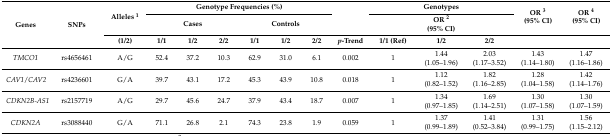
<table><thead><tr><td rowspan="3"><b>Genes</b></td><td rowspan="3"><b>SNPs</b></td><td rowspan="2"><b>Alleles <sup>1</sup></b></td><td colspan="6"><b>Genotype Frequencies (%)</b></td><td rowspan="2"></td><td colspan="3"><b>Genotypes</b></td><td rowspan="2"><b>OR <sup>3</sup>(95% CI)</b></td><td rowspan="2"><b>OR <sup>4</sup>(95% CI)</b></td></tr><tr><td colspan="3"><b>Cases</b></td><td colspan="3"><b>Controls</b></td><td colspan="3"><b>OR <sup>2</sup> (95% CI)</b></td></tr><tr><td><b>(1/2)</b></td><td><b>1/1</b></td><td><b>1/2</b></td><td><b>2/2</b></td><td><b>1/1</b></td><td><b>1/2</b></td><td><b>2/2</b></td><td><b><i>p</i>-Trend</b></td><td><b>1/1 (Ref)</b></td><td><b>1/2</b></td><td><b>2/2</b></td><td></td><td></td></tr></thead><tbody><tr><td><i>TMCO1</i></td><td>rs4656461</td><td>A/G</td><td>52.4</td><td>37.2</td><td>10.3</td><td>62.9</td><td>31.0</td><td>6.1</td><td>0.002</td><td>1</td><td>1.44 (1.05–1.96)</td><td>2.03 (1.17–3.52)</td><td>1.43 (1.14–1.80)</td><td>1.47 (1.16–1.86)</td></tr><tr><td><i>CAV1</i>/<i>CAV2</i></td><td>rs4236601</td><td>G/A</td><td>39.7</td><td>43.1</td><td>17.2</td><td>45.3</td><td>43.9</td><td>10.8</td><td>0.018</td><td>1</td><td>1.12 (0.82–1.52)</td><td>1.82 (1.16–2.85)</td><td>1.28 (1.04–1.58)</td><td>1.42 (1.14–1.76)</td></tr><tr><td><i>CDKN2B-AS1</i></td><td>rs2157719</td><td>A/G</td><td>29.7</td><td>45.6</td><td>24.7</td><td>37.9</td><td>43.4</td><td>18.7</td><td>0.007</td><td>1</td><td>1.34 (0.97–1.85)</td><td>1.69 (1.14–2.51)</td><td>1.30 (1.07–1.58)</td><td>1.30 (1.07–1.59)</td></tr><tr><td><i>CDKN2A</i></td><td>rs3088440</td><td>G/A</td><td>71.1</td><td>26.8</td><td>2.1</td><td>74.3</td><td>23.8</td><td>1.9</td><td>0.059</td><td>1</td><td>1.37 (0.99–1.89)</td><td>1.41 (0.52–3.84)</td><td>1.31 (0.99–1.75)</td><td>1.56 (1.15–2.12)</td></tr></tbody></table>